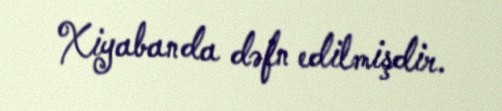
Xiyabanda dəfn edilmişdir.